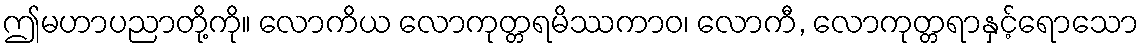
ဤမဟာပညာတို့ကို။ လောကိယ လောကုတ္တရမိဿကာဝ၊ လောကီ, လောကုတ္တရာနှင့်ရောသော